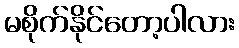
မစိုက်နိုင်တော့ပါလား